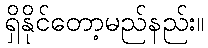
ရှိနိုင်တော့မည်နည်း။